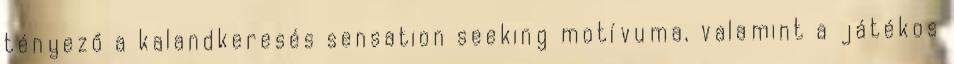
tényező a kalandkeresés sensation seeking motívuma, valamint a játékos